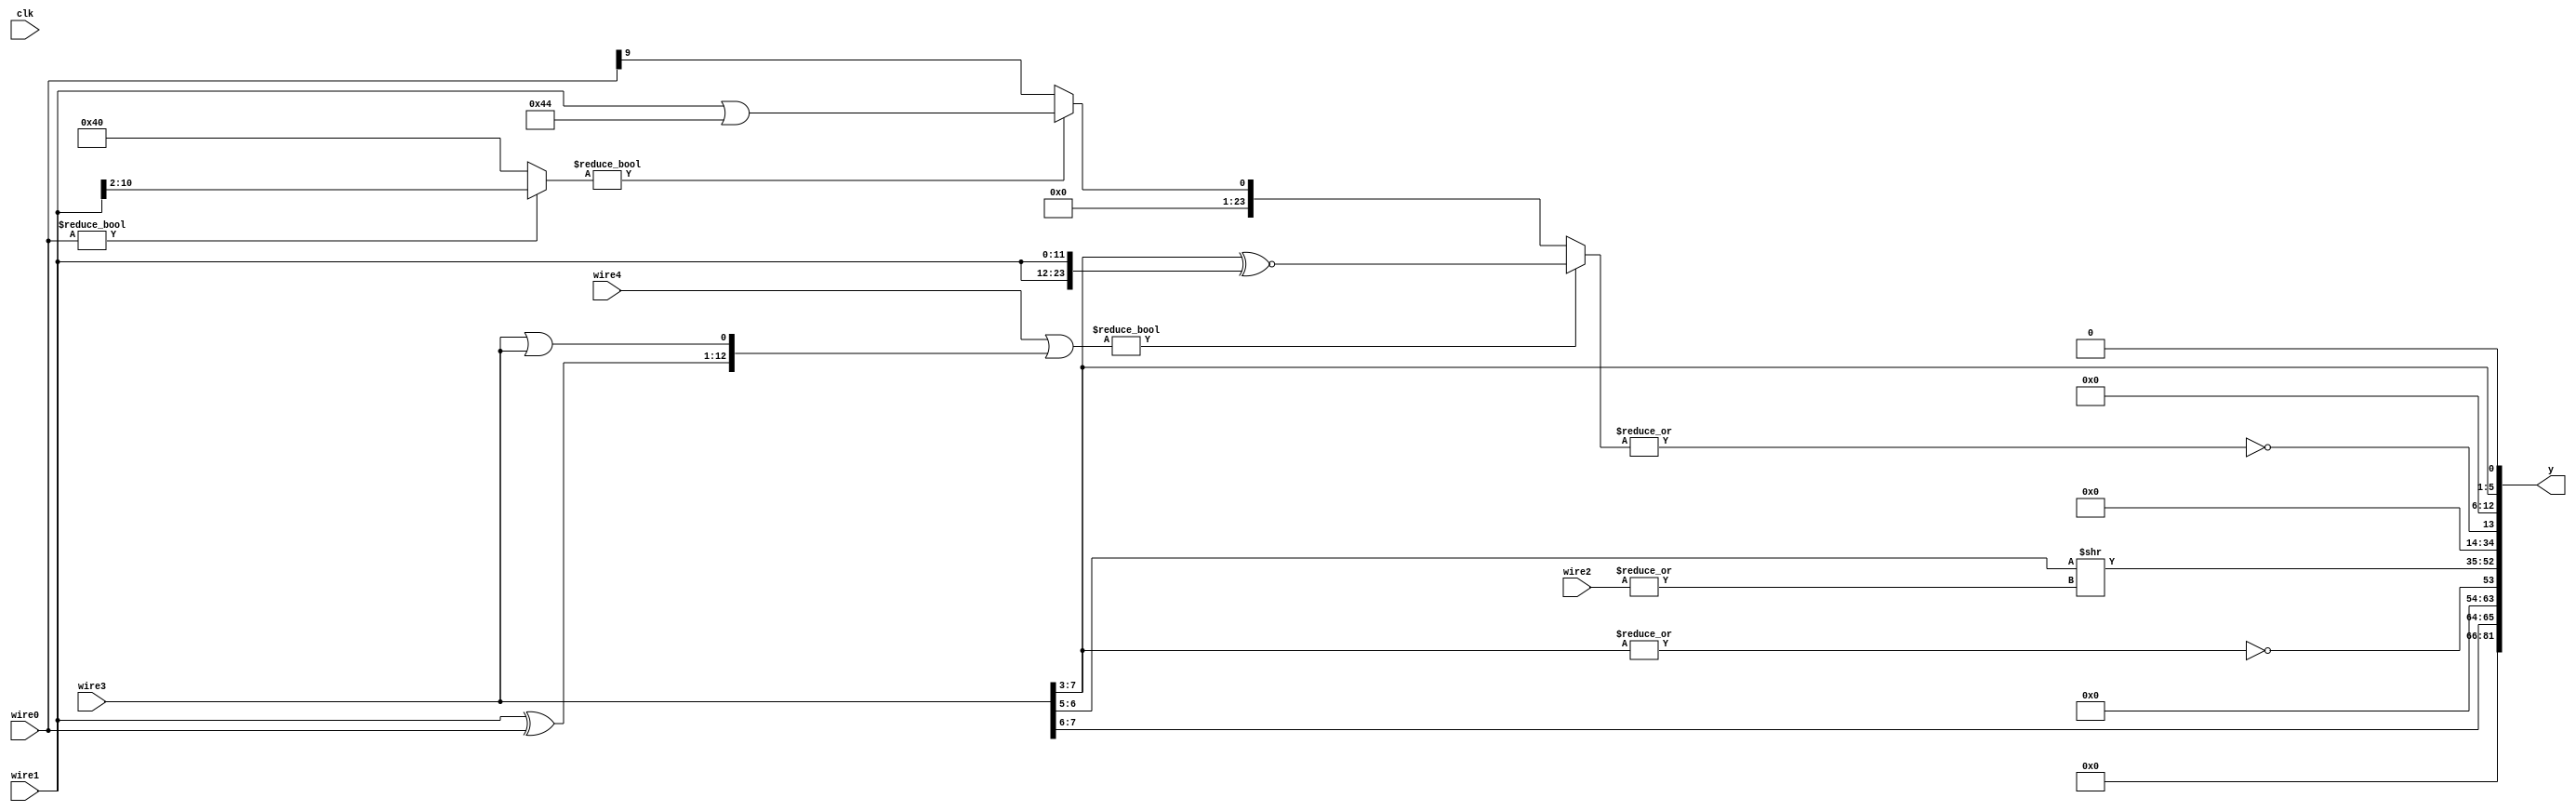
module top  (y, clk, wire4, wire3, wire2, wire1, wire0);
  output wire [(32'h51):(32'h0)] y;
  input wire [(1'h0):(1'h0)] clk;
  input wire signed [(4'ha):(1'h0)] wire4;
  input wire [(4'h8):(1'h0)] wire3;
  input wire signed [(4'h9):(1'h0)] wire2;
  input wire [(4'hb):(1'h0)] wire1;
  input wire [(4'ha):(1'h0)] wire0;
  wire signed [(5'h15):(1'h0)] wire9;
  wire signed [(4'ha):(1'h0)] wire8;
  wire [(5'h11):(1'h0)] wire7;
  wire [(5'h15):(1'h0)] wire6;
  wire signed [(4'hb):(1'h0)] wire5;
  assign #5 y = {wire9, wire8, wire7, wire6, wire5, (1'h0)};
  assign #5 wire5 = $unsigned(wire3[(3'h7):(2'h3)]);
  assign #5 wire6 = (~|((wire4 | {(wire1 ^ wire0), (wire3 || wire3)}) ?
                     ({wire5[(3'h7):(1'h0)]} ~^ $unsigned({wire1,
                         wire1})) : (((wire0 ? wire0 : wire0) ?
                             wire1[(4'ha):(2'h2)] : (7'h40)) ?
                         $signed((wire1 || (7'h44))) : wire0[(4'h9):(4'h9)])));
  assign #5 wire7 = (wire5[(2'h3):(2'h2)] >> (|wire2));
  assign #5 wire8 = $unsigned((~|wire5));
  assign #5 wire9 = wire5[(4'ha):(2'h3)];
endmodule